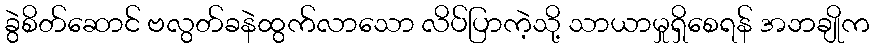
ခွဲစိတ်ဆောင် ဗလွတ်ခနဲထွက်လာသော လိပ်ပြာကဲ့သို့ သာယာမှုရှိစေရန် အဘချိုက